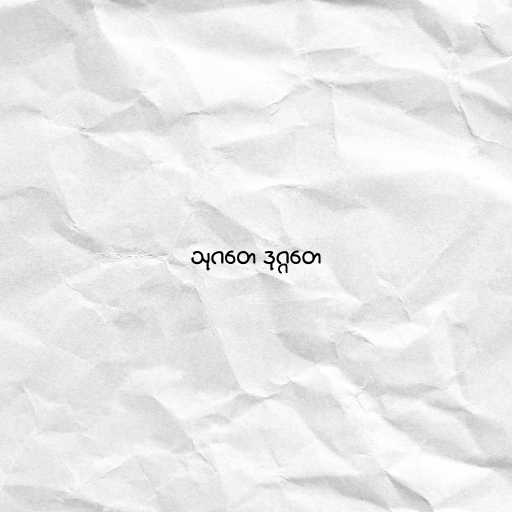
သုဂတေ ဒုဂ္ဂတေ